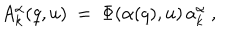
A _ { k } ^ { \alpha } ( q , u ) ~ = ~ \Phi ( \alpha ( q ) , u ) \, a _ { k } ^ { \alpha } ~ ,